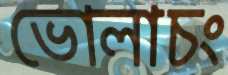
ভোলাচং